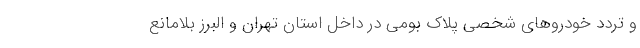
و تردد خودروهای شخصی پلاک بومی در داخل استان تهران و البرز بلامانع